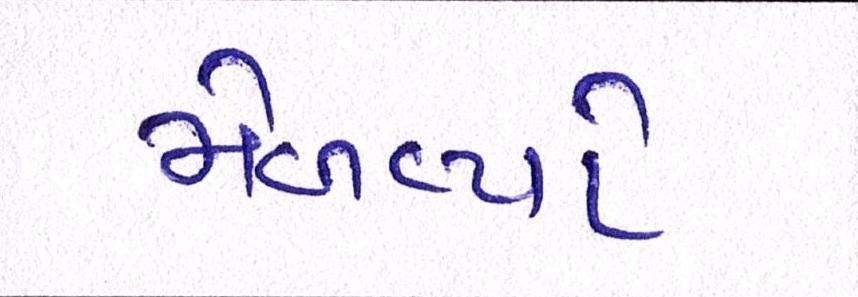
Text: મેળવ્યો